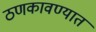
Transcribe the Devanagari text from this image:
ठणकावण्यात